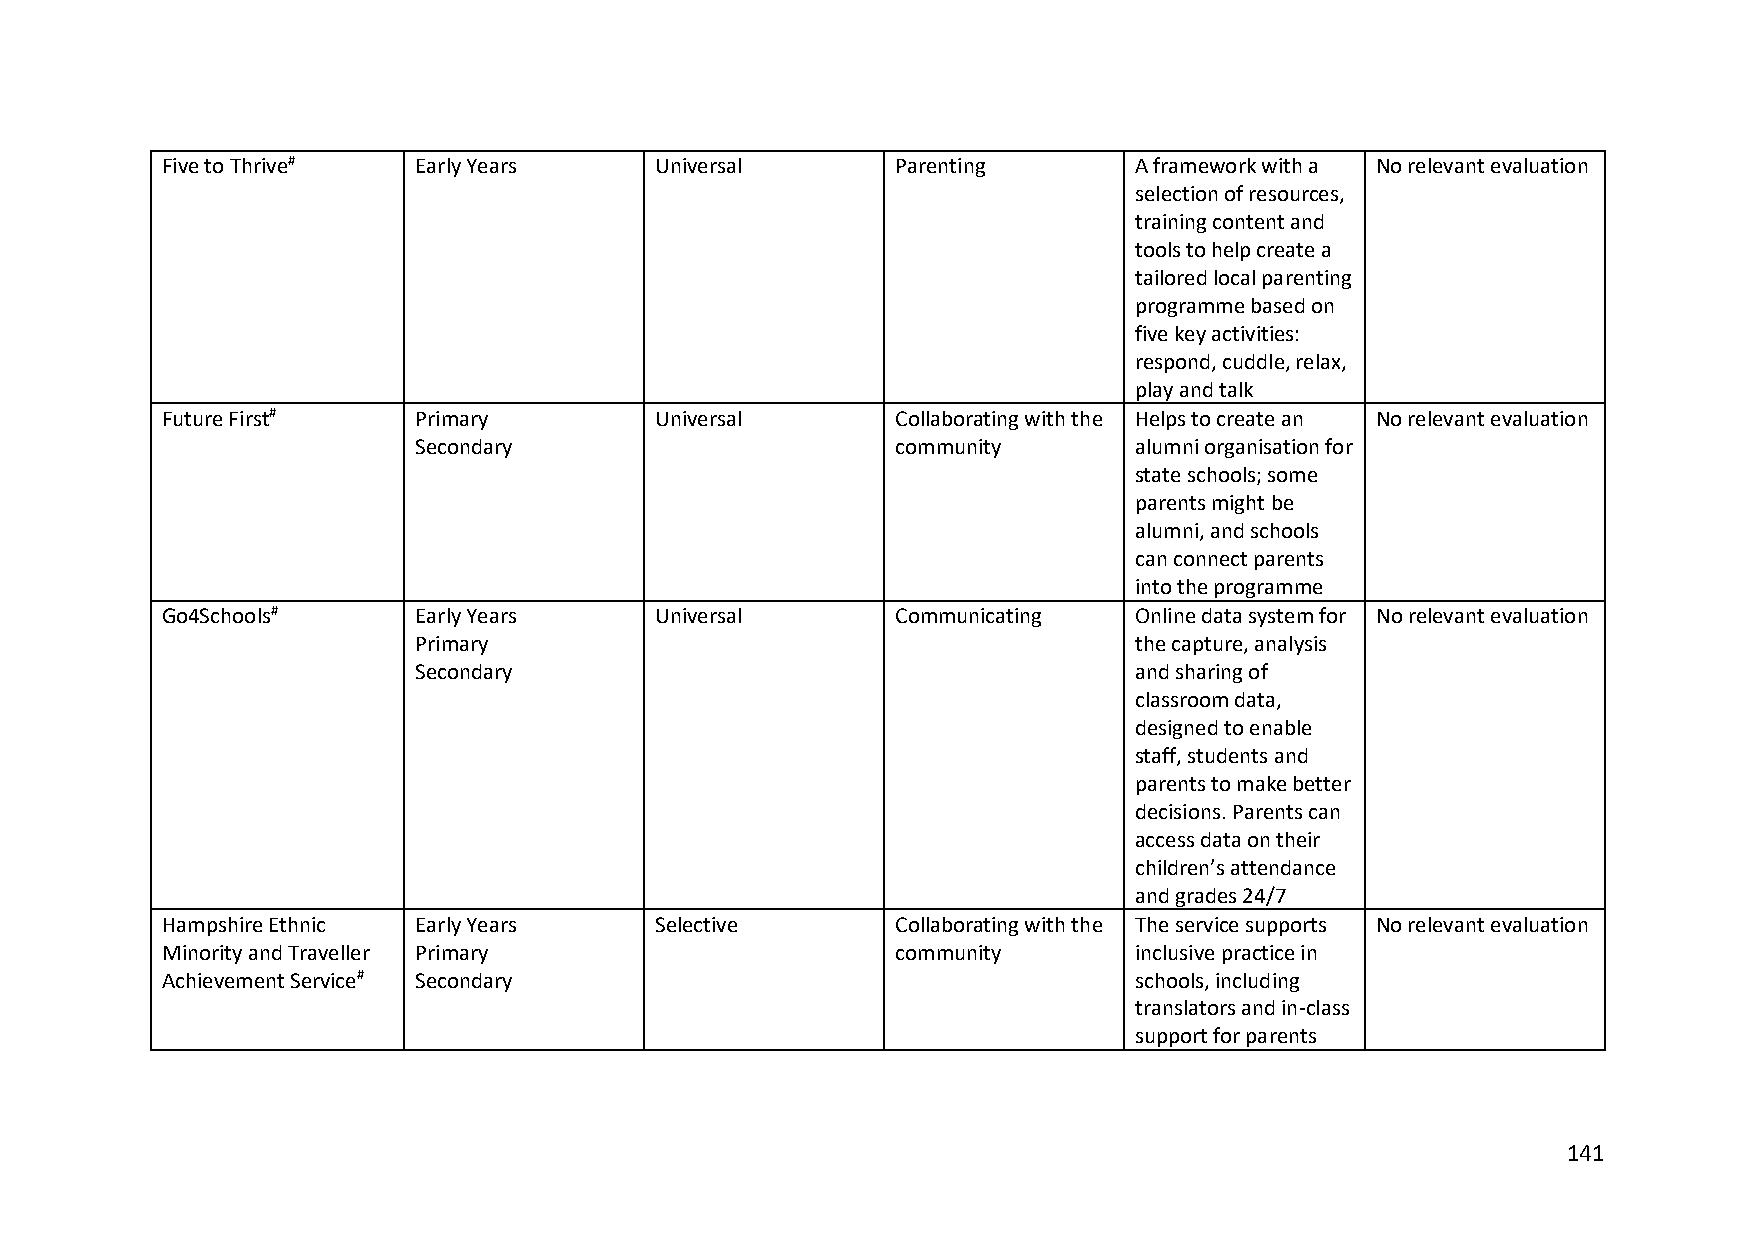
Five to Thrive# Early Years     Universal       Parenting       A framework with a No relevant evaluation
 selection of resources,
 training content and
 tools to help create a
 tailored local parenting
 programme based on
 five key activities:
 respond, cuddle, relax,
 play and talk
 Future First#   Primary         Universal       Collaborating with the Helps to create an No relevant evaluation
 Secondary                       community       alumni organisation for
 state schools; some
 parents might be
 alumni, and schools
 can connect parents
 into the programme
 Go4Schools#     Early Years     Universal       Communicating   Online data system for No relevant evaluation
 Primary                                         the capture, analysis
 Secondary                                       and sharing of
 classroom data,
 designed to enable
 staff, students and
 parents to make better
 decisions. Parents can
 access data on their
 children’s attendance
 and grades 24/7
 Hampshire Ethnic Early Years    Selective       Collaborating with the The service supports No relevant evaluation
 Minority and Traveller Primary                  community       inclusive practice in
 Achievement Service# Secondary                                  schools, including
 translators and in-class
 support for parents
 141